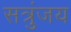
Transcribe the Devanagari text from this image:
सत्रुंजय